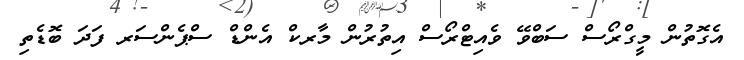
އެގޮތުން މީގްރޯސް ސަބްވޭ ވެއިޓްރޯސް އިތުރުން މާރކް އެންޑް ސްޕެންސަރ ފަދަ ބޮޑެތި